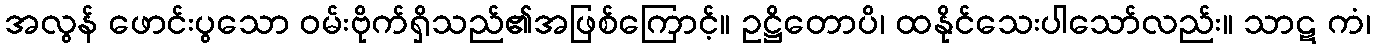
အလွန် ဖောင်းပွသော ဝမ်းဗိုက်ရှိသည်၏အဖြစ်ကြောင့်။ ဥဋ္ဌိတောပိ၊ ထနိုင်သေးပါသော်လည်း။ သာဋ ကံ၊